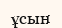
ұсын